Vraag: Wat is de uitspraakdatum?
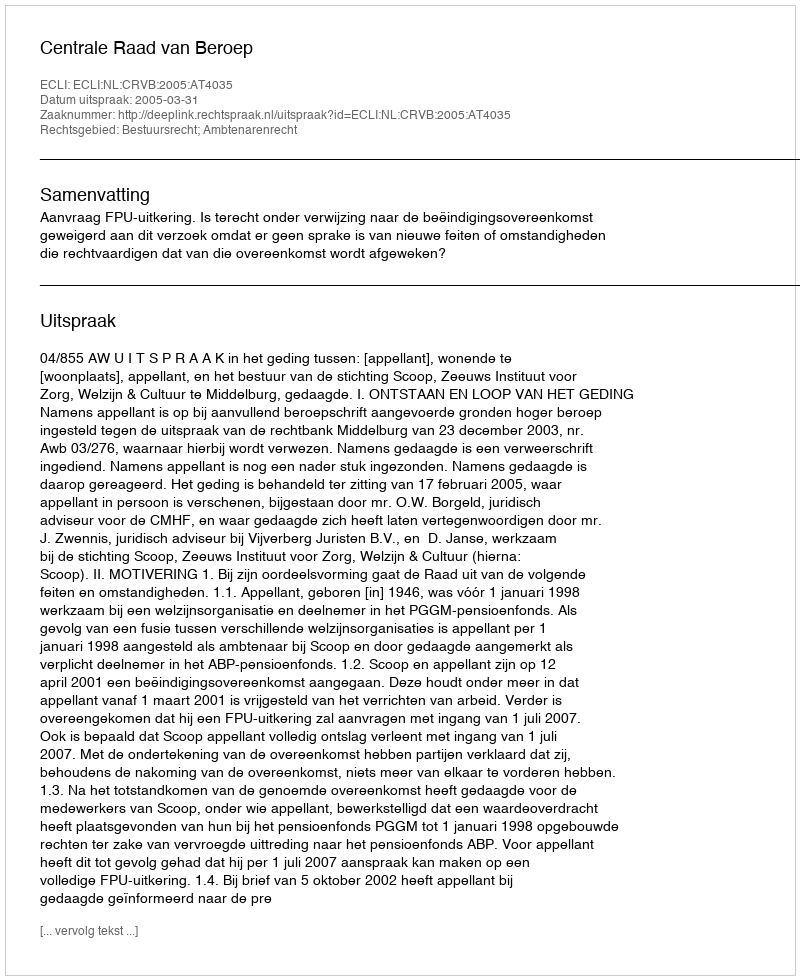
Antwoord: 2005-03-31